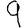
Digit: 9